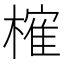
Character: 𣙜